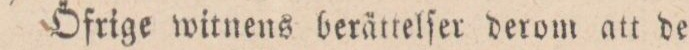
Öfrige witnens berättelſer derom att de